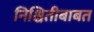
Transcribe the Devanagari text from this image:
निश्चितीबाबत